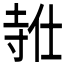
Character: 𪧸